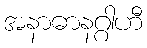
အနာဓာနဂ္ဂါဟီ